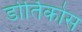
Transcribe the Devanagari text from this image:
डोर्तिकोस